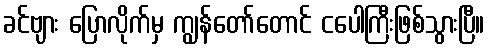
ခင်ဗျား ပြောလိုက်မှ ကျွန်တော်တောင် ငပေါကြီးဖြစ်သွားပြီ။